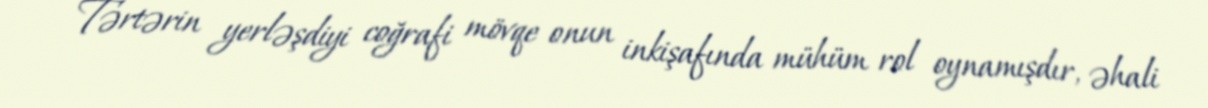
Tərtərin yerləşdiyi coğrafi mövqe onun inkişafında mühüm rol oynamışdır, əhali